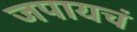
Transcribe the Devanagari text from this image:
जपायचं